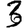
Digit: 3